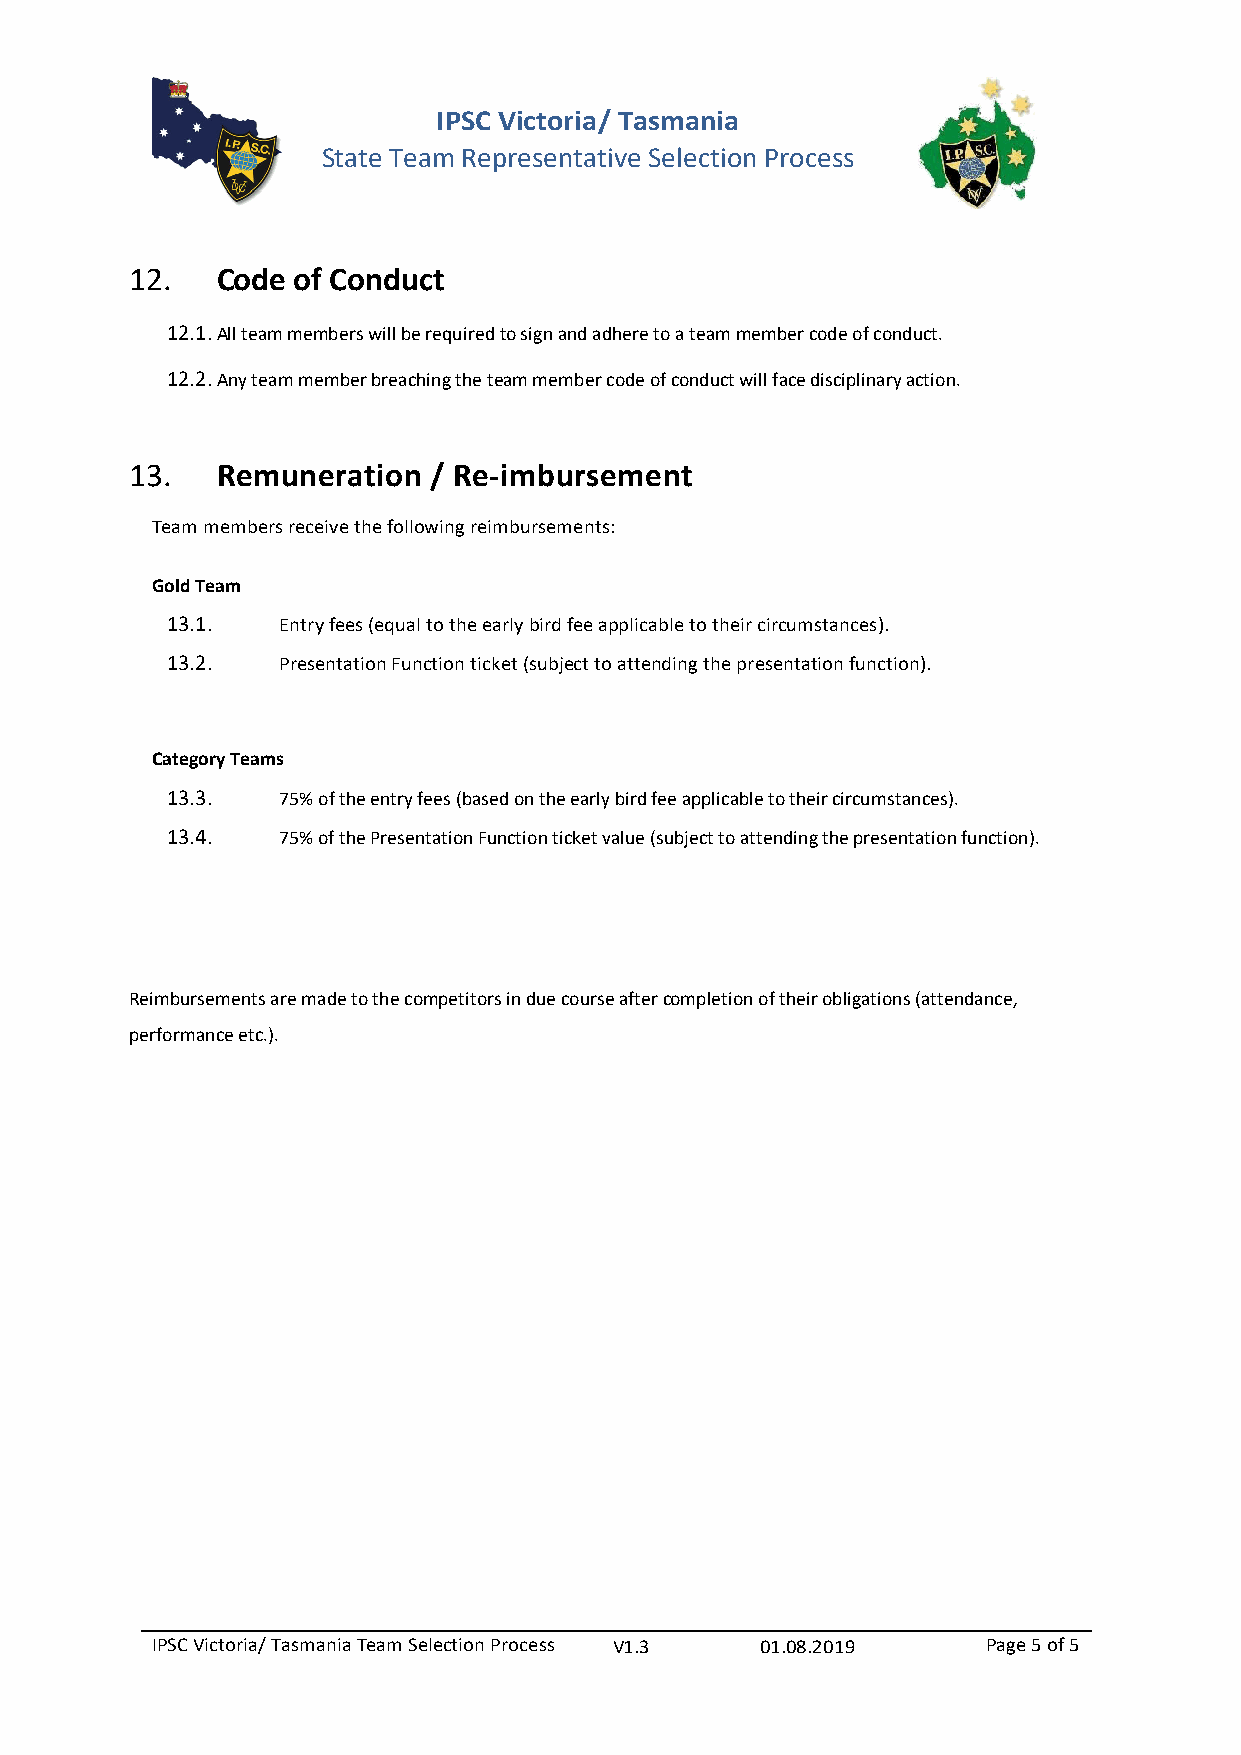
IPSC Victoria/ Tasmania
 State Team Representative Selection Process
 12.  Code of Conduct
 12.1. All team members will be required to sign and adhere to a team member code of conduct.
 12.2. Any team member breaching the team member code of conduct will face disciplinary action.
 13.  Remuneration  / Re‐imbursement
 Team members receive the following reimbursements:
 Gold Team
 13.1.  Entry fees (equal to the early bird fee applicable to their circumstances).
 13.2.  Presentation Function ticket (subject to attending the presentation function).
 Category Teams
 13.3.  75% of the entry fees (based on the early bird fee applicable to their circumstances).
 13.4.  75% of the Presentation Function ticket value (subject to attending the presentation function).
 Reimbursements are made to the competitors in due course after completion of their obligations (attendance,
 performance etc.).
 IPSC Victoria/ Tasmania Team Selection Process V1.3 01.08.2019 Page 5 of 5